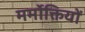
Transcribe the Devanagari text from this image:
मर्मोक्तियों